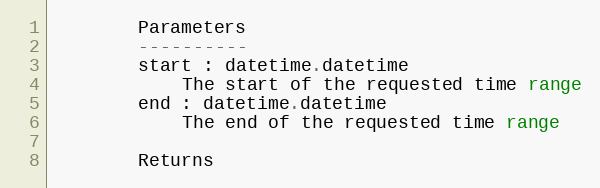
Language: Python
        Parameters
        ----------
        start : datetime.datetime
            The start of the requested time range
        end : datetime.datetime
            The end of the requested time range

        Returns